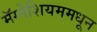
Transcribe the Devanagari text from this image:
मॅग्नेशियममधून